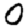
Digit: 0